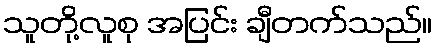
သူတို့လူစု အပြင်း ချီတက်သည်။